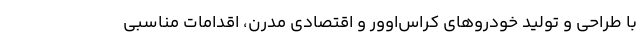
با طراحی و تولید خودروهای کراس‌اوور و اقتصادی مدرن، اقدامات مناسبی